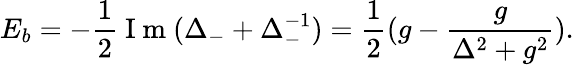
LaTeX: E_{b}=-\frac{1}{2}\mathrm{~I~m~}(\Delta_{-}+\Delta_{-}^{-1})=\frac{1}{2}(g-\frac{g}{\Delta^{2}+g^{2}}).